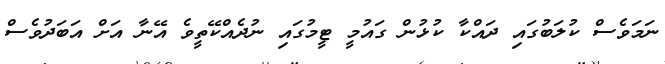
ނަމަވެސް ކުލަބުގައި ދައްކާ ކުޅުން ގައުމީ ޓީމުގައި ނުދެއްކޭތީވެ އޭނާ އަށް އަބަދުވެސް